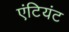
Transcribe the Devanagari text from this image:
एंटियंट